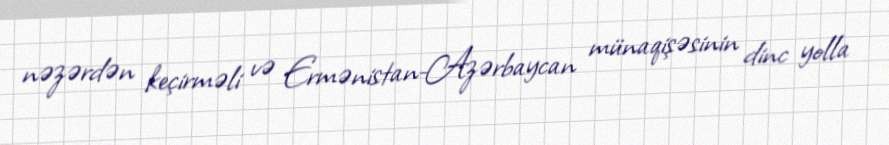
nəzərdən keçirməli və Ermənistan-Azərbaycan münaqişəsinin dinc yolla